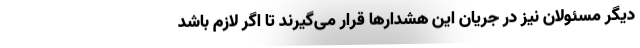
دیگر مسئولان نیز در جریان این هشدارها قرار می‌گیرند تا اگر لازم باشد